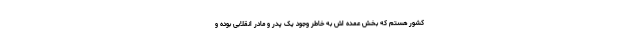
کشور هستم که بخش عمده اش به خاطر وجود یک پدر و مادر انقلابی بوده و